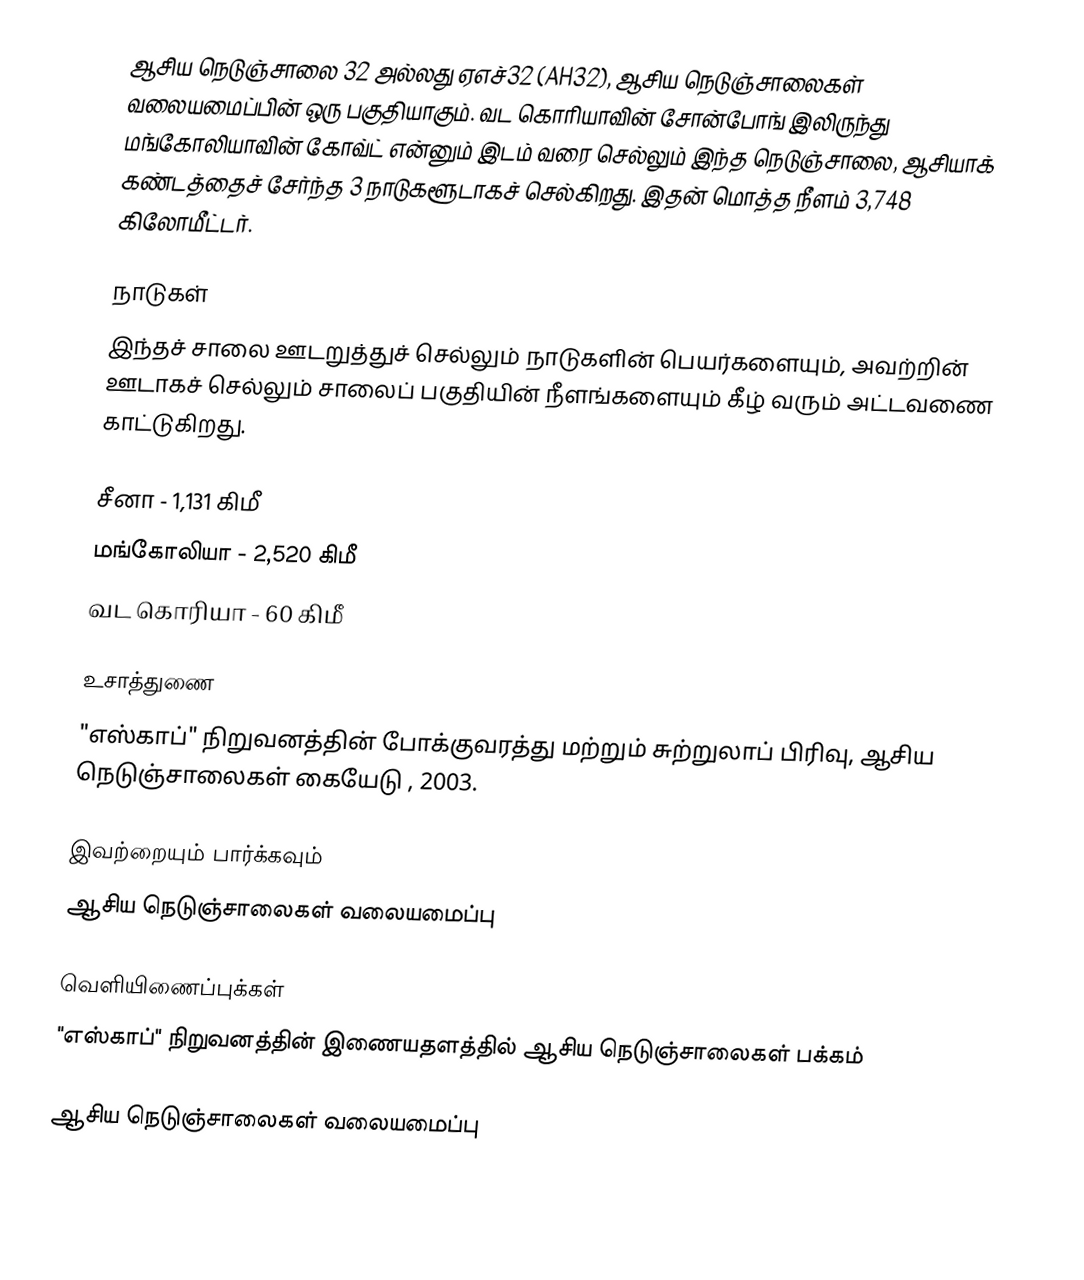
ஆசிய நெடுஞ்சாலை 32 அல்லது ஏஎச்32 (AH32), ஆசிய நெடுஞ்சாலைகள் வலையமைப்பின் ஒரு பகுதியாகும். வட கொரியாவின் சோன்போங் இலிருந்து மங்கோலியாவின் கோவ்ட் என்னும் இடம் வரை செல்லும் இந்த நெடுஞ்சாலை, ஆசியாக் கண்டத்தைச் சேர்ந்த 3 நாடுகளூடாகச் செல்கிறது. இதன் மொத்த நீளம் 3,748 கிலோமீட்டர்.

நாடுகள்
இந்தச் சாலை ஊடறுத்துச் செல்லும் நாடுகளின் பெயர்களையும், அவற்றின் ஊடாகச் செல்லும் சாலைப் பகுதியின் நீளங்களையும் கீழ் வரும் அட்டவணை காட்டுகிறது.

 சீனா - 1,131 கிமீ
 மங்கோலியா - 2,520 கிமீ
 வட கொரியா - 60 கிமீ

உசாத்துணை
 "எஸ்காப்" நிறுவனத்தின் போக்குவரத்து மற்றும் சுற்றுலாப் பிரிவு, ஆசிய நெடுஞ்சாலைகள் கையேடு , 2003.

இவற்றையும் பார்க்கவும்
 ஆசிய நெடுஞ்சாலைகள் வலையமைப்பு

வெளியிணைப்புக்கள்
 "எஸ்காப்" நிறுவனத்தின் இணையதளத்தில் ஆசிய நெடுஞ்சாலைகள் பக்கம்

 ஆசிய நெடுஞ்சாலைகள் வலையமைப்பு